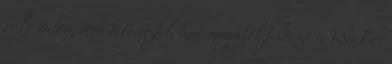
only valtozatot tettem fel, ami magatol felteszi a WinFax